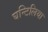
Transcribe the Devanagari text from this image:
घन्टिलिया